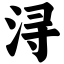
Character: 浔